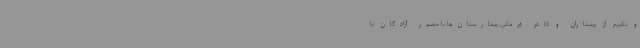
و تکریم از پرستاران و کادر درمانی بیمارستان‌ها با حضور آزادگان با